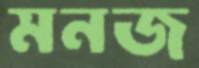
মনজ